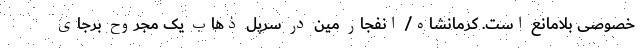
خصوصی بلامانع است. کرمانشاه/ انفجار مین در سرپل ذهاب یک مجروح برجای